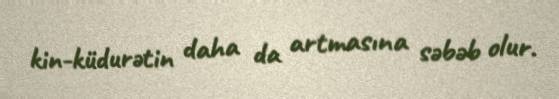
kin-küdurətin daha da artmasına səbəb olur.